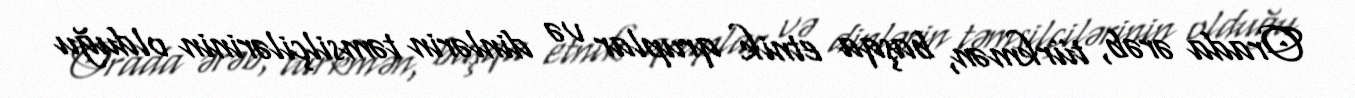
Orada ərəb, türkmən, başqa etnik qruplar və dinlərin təmsilçilərinin olduğu